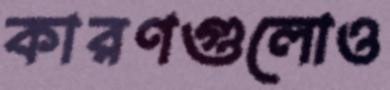
কারণগুলোও